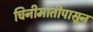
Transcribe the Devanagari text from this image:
चिनीमातीपासून